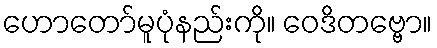
ဟောတော်မူပုံနည်းကို။ ဝေဒိတဗ္ဗော။